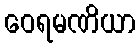
ဝေရမဏိယာ